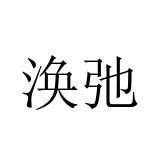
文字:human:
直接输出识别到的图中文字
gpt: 涣弛